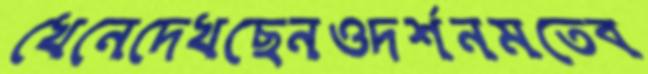
খেনেদেখছেনওদর্শনমতেব